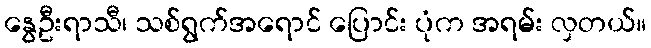
နွေဦးရာသီ၊ သစ်ရွက်အရောင် ပြောင်း ပုံက အရမ်း လှတယ်။